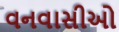
વનવાસીઓ